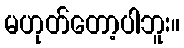
မဟုတ်တော့ပါဘူး။